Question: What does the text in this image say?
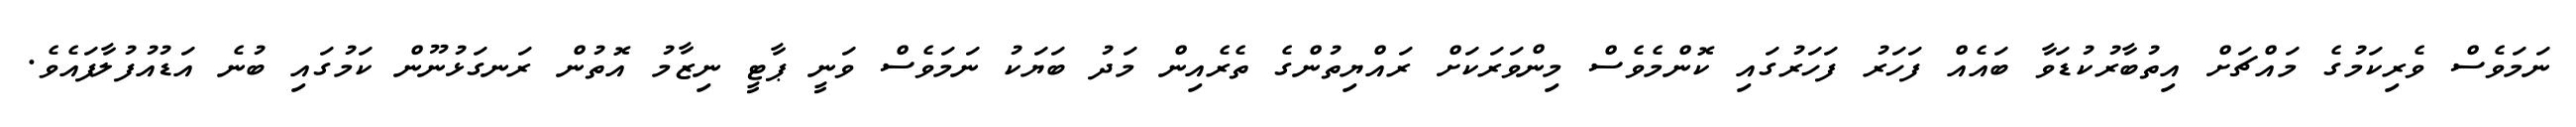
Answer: ނަމަވެސް ވެރިކަމުގެ މައްޗަށް އިތުބާރުކުޑަވާ ބައެއް ފަހަރު ފަހަރުގައި ކޮންމެވެސް މިންވަރަކަށް ރައްޔިތުންގެ ތެރެއިން މަދު ބަޔަކު ނަމަވެސް ވަނީ ޕާޓީ ނިޒާމު އޮތުން ރަނގަޅުނޫން ކަމުގައި ބުނެ އަޑުއުފުލާފައެވެ.